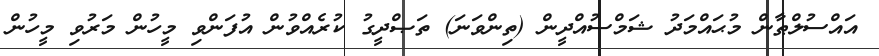
އައްސުލްޠާން މުޙައްމަދު ޝަމްސުއްދީން (ތިންވަނަ) ތަޞްދީގު ކުރެއްވުން އުފަންވި މީހުން މަރުވި މީހުން